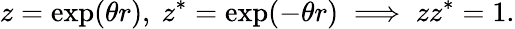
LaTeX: z=\exp(\theta r),\ z^{*}=\exp(-\theta r)\implies zz^{*}=1.